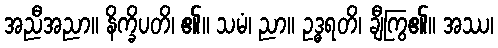
အညီအညာ။ နိက္ခိပတိ၊ ၏။ သမံ၊ ညာ။ ဥဒ္ဓရတိ၊ ချီကြွ၏။ အဿ၊